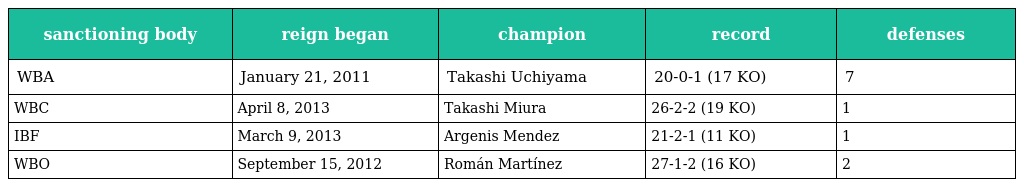
| sanctioning body | reign began | champion | record | defenses |
 | --- | --- | --- | --- | --- |
 | WBA | January 21, 2011 | Takashi Uchiyama | 20-0-1 (17 KO) | 7 |
 | WBC | April 8, 2013 | Takashi Miura | 26-2-2 (19 KO) | 1 |
 | IBF | March 9, 2013 | Argenis Mendez | 21-2-1 (11 KO) | 1 |
 | WBO | September 15, 2012 | Román Martínez | 27-1-2 (16 KO) | 2 |